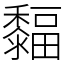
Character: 䵗